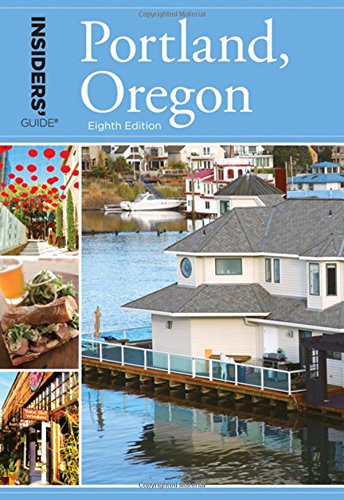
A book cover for Insiders' GuideÂ® to Portland, Oregon (Insiders' Guide Series); Rachel Dresbeck; Travel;